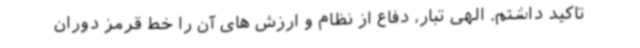
تاکید داشتم. الهی تبار، دفاع از نظام و ارزش های آن را خط قرمز دوران